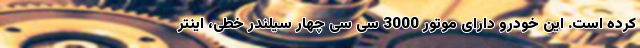
کرده است. این خودرو دارای موتور 3000 سی سی چهار سیلندر خطی، اینتر